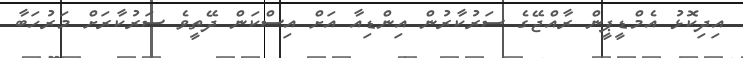
އިދިކޮޅު އެމްޑީޕީން ރާއްޖޭގެ ސަރުކާރުން އިންޑިއާ އަށް އިސްކަން ދޭތީވެ ސަރުކާރަށް މަރުހަބާ